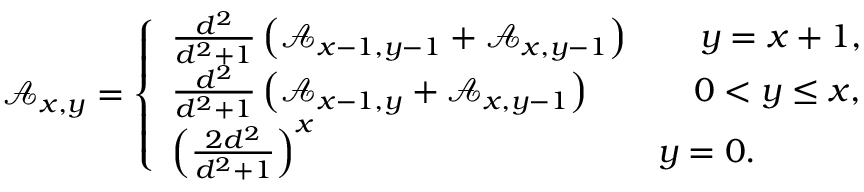
\begin{array} { r l } & { \mathcal { A } _ { x , y } = \left\{ \begin{array} { l l } { \frac { d ^ { 2 } } { d ^ { 2 } + 1 } \left( \mathcal { A } _ { x - 1 , y - 1 } + \mathcal { A } _ { x , y - 1 } \right) \qquad y = x + 1 , } \\ { \frac { d ^ { 2 } } { d ^ { 2 } + 1 } \left( \mathcal { A } _ { x - 1 , y } + \mathcal { A } _ { x , y - 1 } \right) \qquad \quad 0 < y \le x , } \\ { \left( \frac { 2 d ^ { 2 } } { d ^ { 2 } + 1 } \right) ^ { x } \qquad \qquad \qquad \qquad \qquad y = 0 . } \end{array} \right. } \end{array}